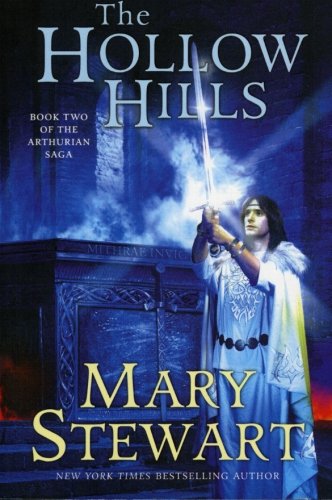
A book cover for The Hollow Hills (The Arthurian Saga, Book 2); Mary Stewart; Science Fiction & Fantasy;